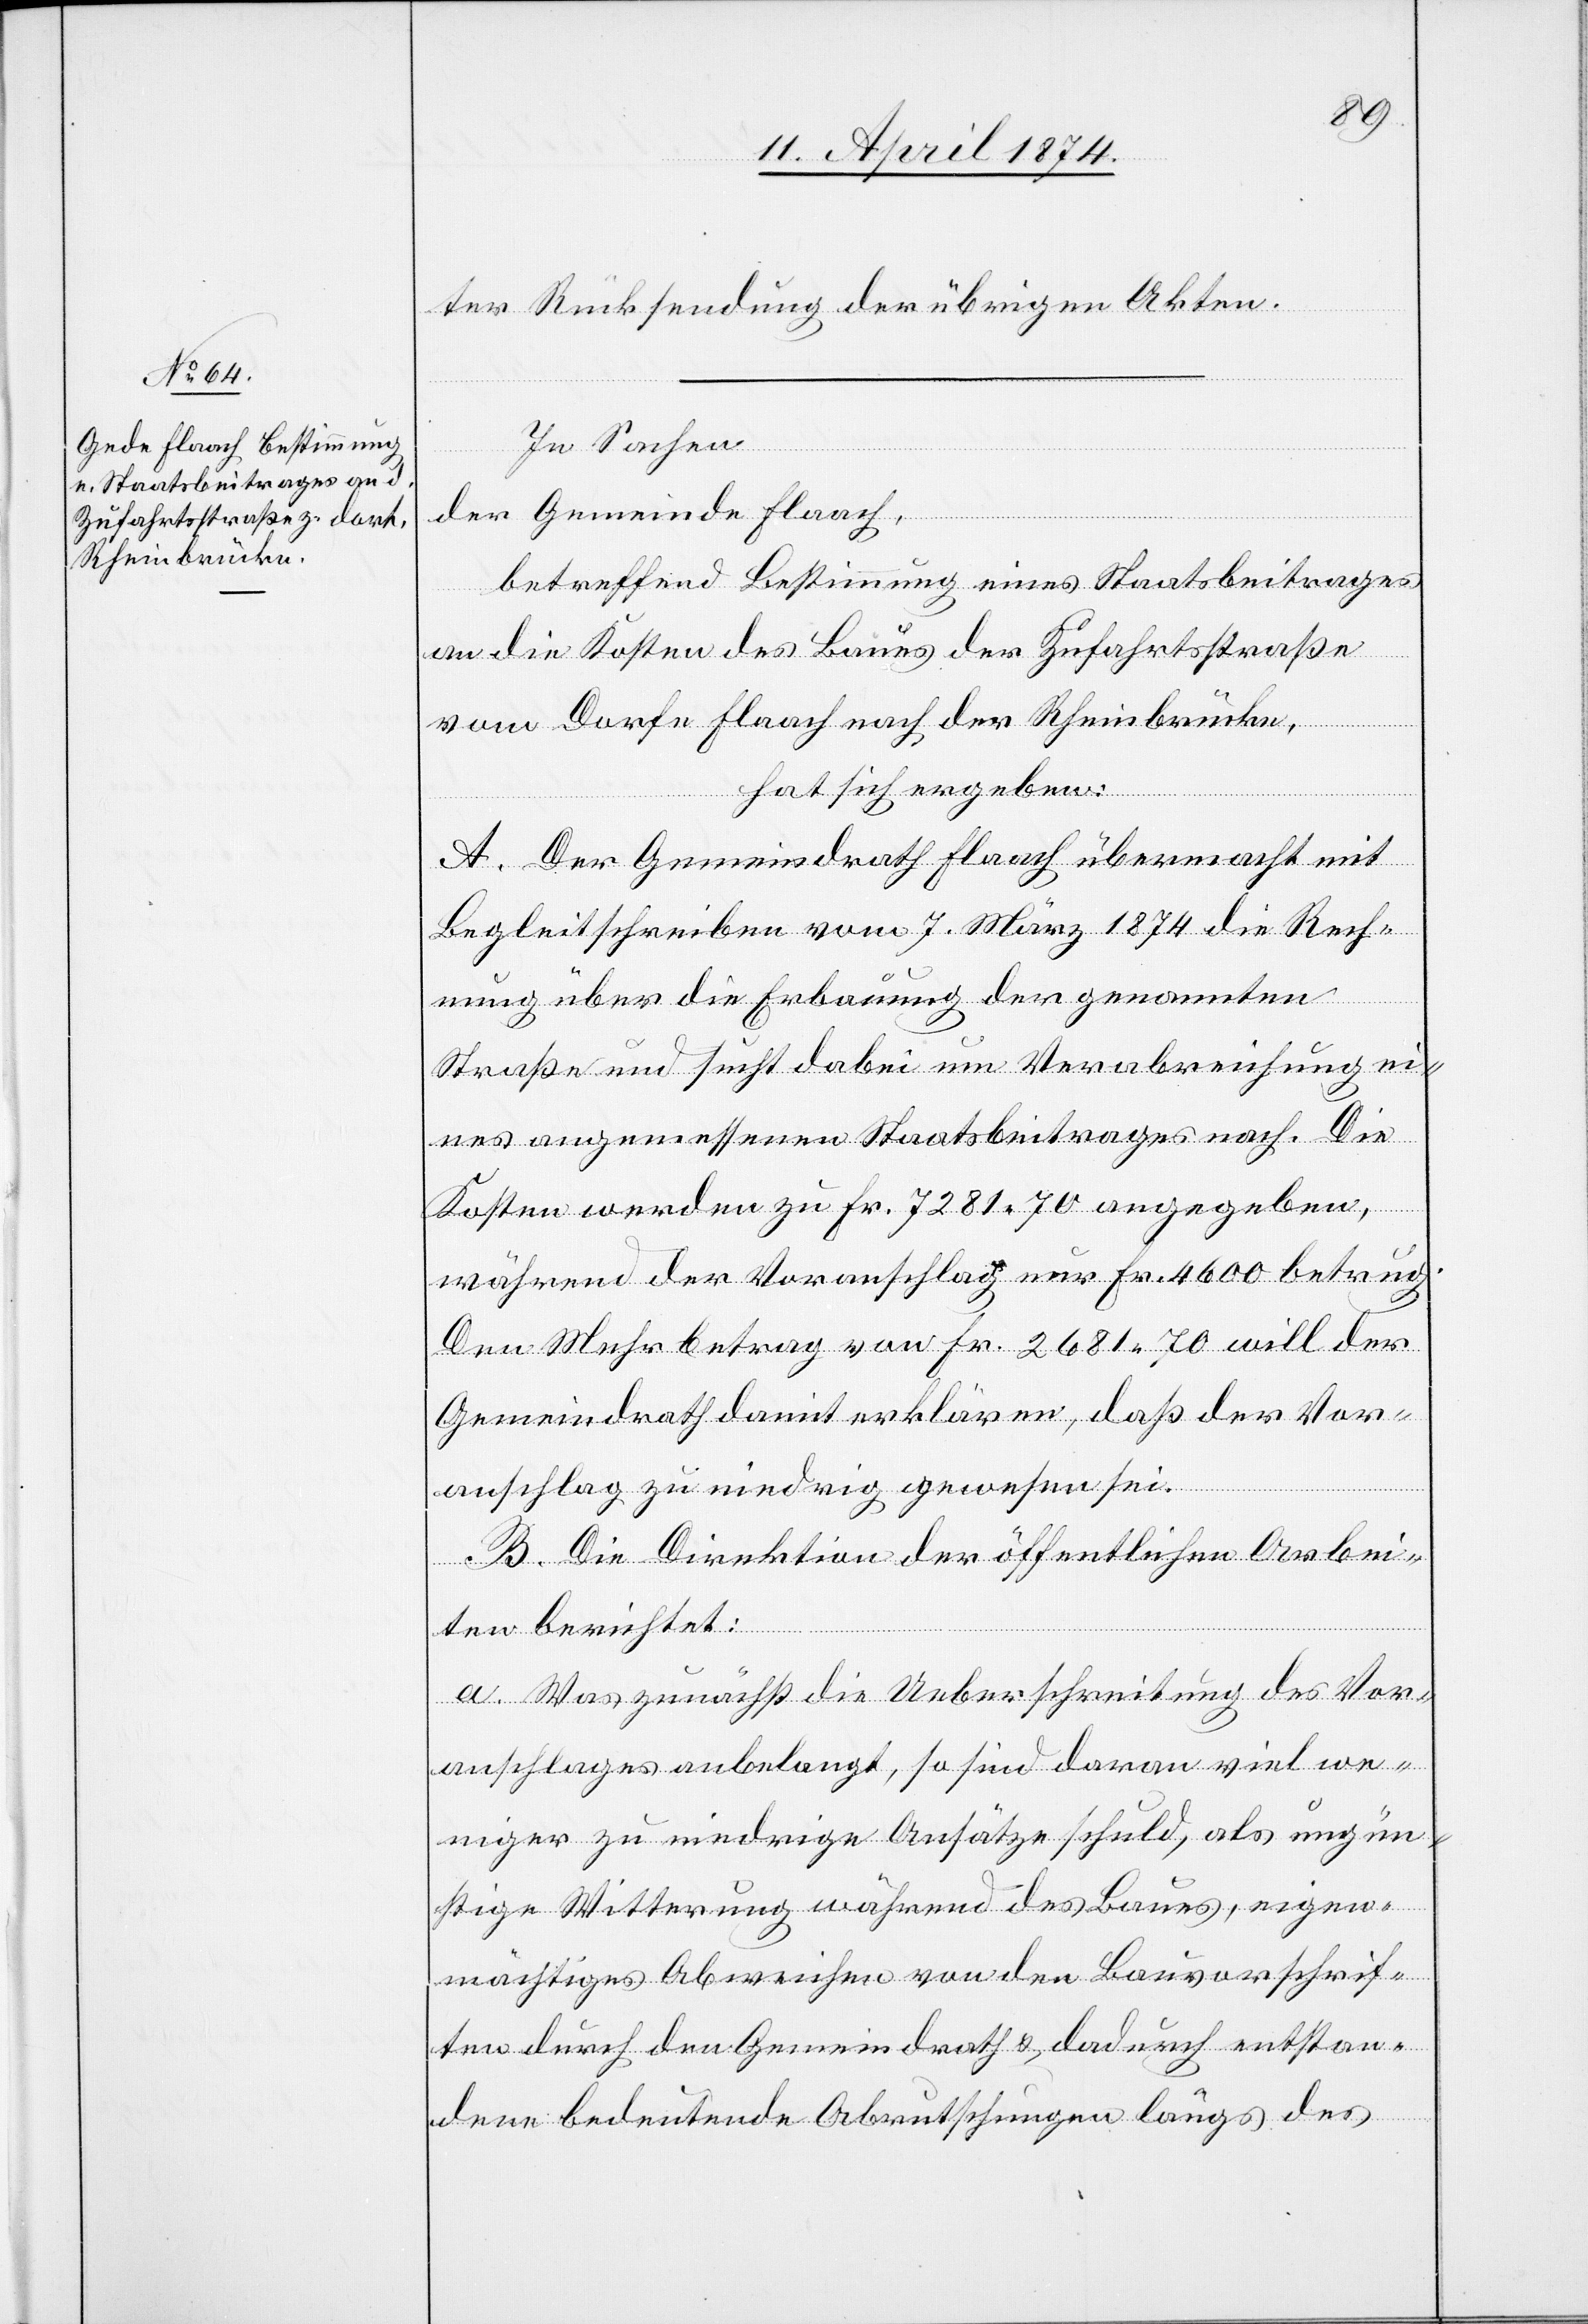
ter Rücksendung der übrigen Akten.
In Sachen
der Gemeinde Flaach,
betreffend Bestimmung eines Staatsbeitrages
an die Kosten des Baues der Zufahrtsstraße
vom Dorfe Flaach nach der Rheinbrücke,
hat sich ergeben:
A. Der Gemeindrath Flaach übermacht mit
Begleitschreiben vom 7. März 1874 die Rech¬
nung über die Erbauung der genannten
Straße und sucht dabei um Verabreichung ei¬
nes angemessenen Staatsbeitrages nach. Die
Kosten werden zu Fr. 7281.70 angegeben,
während der Voranschlag nur Fr. 4600 betrug.
Den Mehrbetrag von Fr. 2681.70 will der
Gemeindrath damit erklären, daß der Vor¬
anschlag zu niedrig gewesen sei.
B. Die Direktion der öffentlichen Arbei¬
ten berichtet:
a. Was zunächst die Ueberschreitung des Vor¬
anschlages anbelangt, so sind daran viel we¬
niger zu niedrige Ansätze schuld, als ungün¬
stige Witterung während des Baues, eigen¬
mächtiges Abweichen von den Bauvorschrif¬
ten durch den Gemeindrath u. dadurch entstan¬
dene bedeutende Abrutschungen längs des